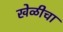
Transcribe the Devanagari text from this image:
खेळीचा